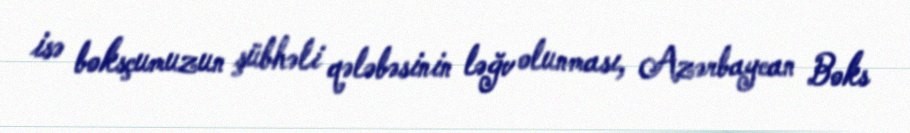
isə boksçumuzun şübhəli qələbəsinin ləğv olunması, Azərbaycan Boks